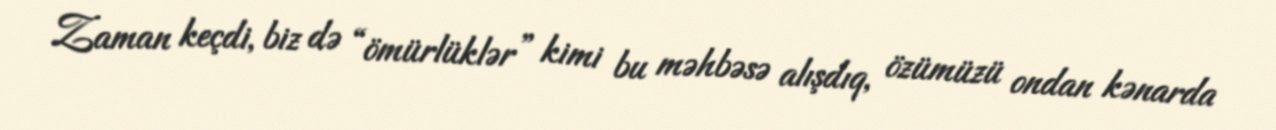
Zaman keçdi, biz də “ömürlüklər” kimi bu məhbəsə alışdıq, özümüzü ondan kənarda